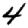
Digit: 4